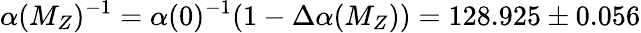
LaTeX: \alpha(M_{Z})^{-1}=\alpha(0)^{-1}(1-\Delta\alpha(M_{Z}))=128.925\pm 0.056